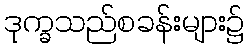
ဒုက္ခသည်စခန်းများ၌